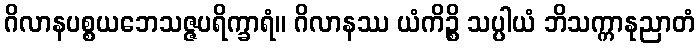
ဂိလာနပစ္စယဘေသဇ္ဇပရိက္ခာရံ။ ဂိလာနဿ ယံကိဉ္စိ သပ္ပါယံ ဘိသက္ကာနုညာတံ